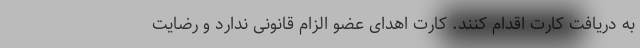
به دریافت کارت اقدام کنند. کارت اهدای عضو الزام قانونی ندارد و رضایت